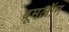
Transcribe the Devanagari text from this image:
ब्रूमलॉन